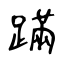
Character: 蹣